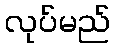
လုပ်မည်